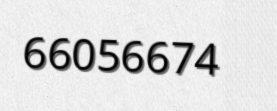
66056674